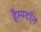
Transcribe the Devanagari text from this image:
हैम्पटॉन